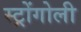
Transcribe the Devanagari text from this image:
स्ट्रोंगोली